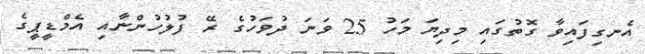
އެނގިފައިވާ ގޮތުގައި މިދިޔަ މަހު 25 ވަނަ ދުވަހުގެ ރޭ ފުލުހުންނާއި އެމްޑީޕީގެ